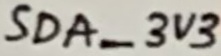
Text: SDA_3V3